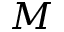
M